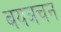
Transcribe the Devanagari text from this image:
बयञचन